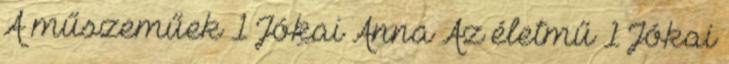
A műszeműek 1 Jókai Anna Az életmű 1 Jókai